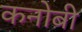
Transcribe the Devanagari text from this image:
कनोबी